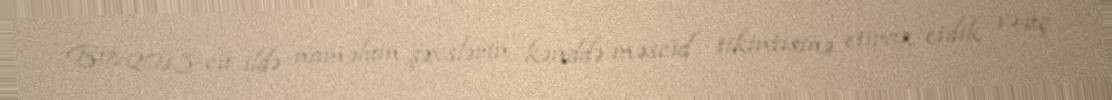
Biz 2013-cü ildə naməlum şəxslərin kənddə məscid tikintisinə etiraz etdik və üç